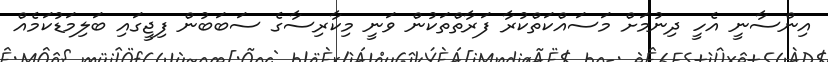
އިންސާނީ އެހީ ދިނުމަށް މަސައްކަތްކުރާ ފަރާތްތަކުން ވަނީ މިކާރިސާގެ ސަބަބުން ފިޖީގައި ބަލިމަޑުކަމެއް